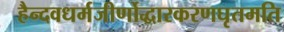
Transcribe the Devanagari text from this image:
हैन्दवधर्मजीर्णोद्धारकरणघृतमति